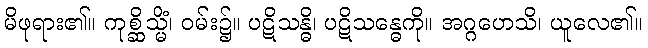
မိဖုရား၏။ ကုစ္ဆိသ္မိံ၊ ဝမ်း၌။ ပဋိသန္ဓိ၊ ပဋိသန္ဓေကို။ အဂ္ဂဟေသိ၊ ယူလေ၏။